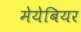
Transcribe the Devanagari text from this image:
मेयेबियर